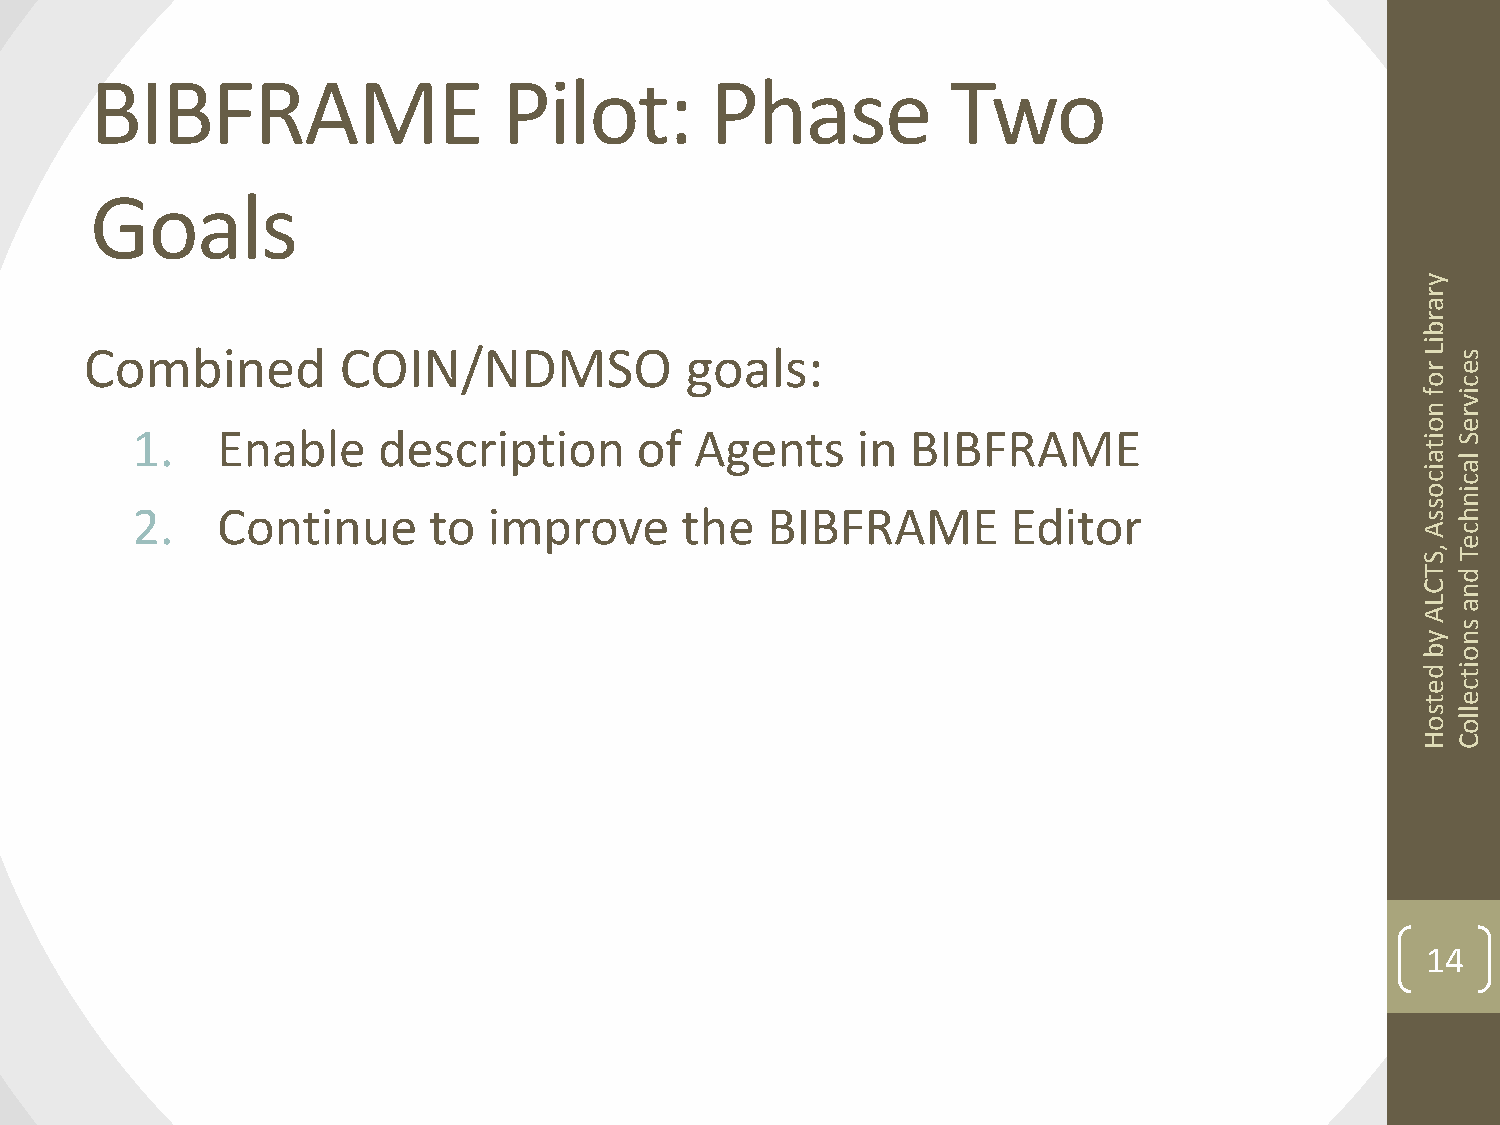
BIBFRAME                   Pilot:        Phase           Two
 Goals
 y
 r
 a
 r
 b
 i
 Combined        COIN/NDMSO             goals:                                           L rs
 e
 oc
 fi
 v
 nr
 oe
 1.   Enable     description      of  Agents     in BIBFRAME                          iS
 t
 a l
 ia
 cc
 oi
 sn
 2.   Continue      to  improve      the   BIBFRAME        Editor                     sh
 Ac
 e
 , ST
 T d
 Cn
 La
 A
 s
 yn
 bo
 di
 t
 ec
 te
 sl
 ol
 o
 HC
 14